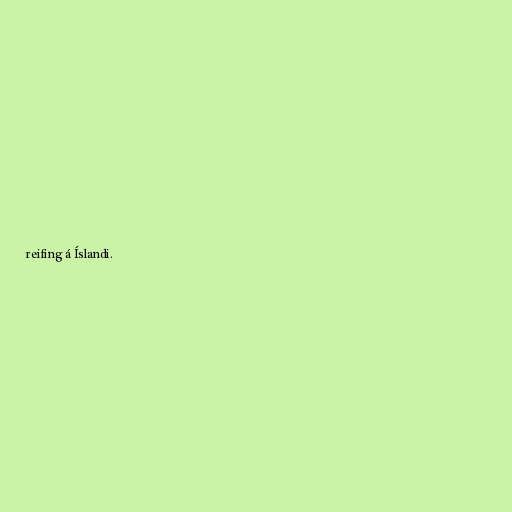
reifing á Íslandi.